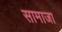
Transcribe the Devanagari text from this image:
सामाजा